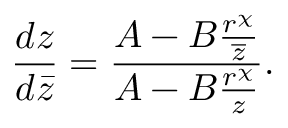
\frac { d z } { d \bar { z } } = \frac { A - B \frac { r ^ { \chi } } { \overline { { z } } } } { A - B \frac { r ^ { \chi } } { z } } .